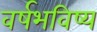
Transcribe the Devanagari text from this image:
वर्षभविष्य